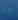
جل